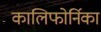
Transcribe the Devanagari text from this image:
कालिफोर्निका